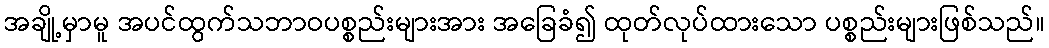
အချို့မှာမူ အပင်ထွက်သဘာဝပစ္စည်းများအား အခြေခံ၍ ထုတ်လုပ်ထားသော ပစ္စည်းများဖြစ်သည်။